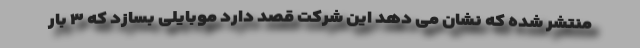
منتشر شده که نشان می دهد این شرکت قصد دارد موبایلی بسازد که ۳ بار